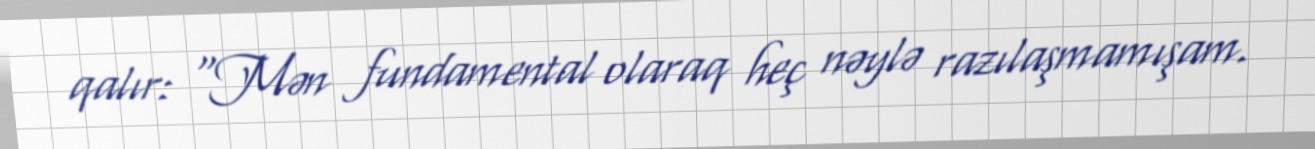
qalır: "Mən fundamental olaraq heç nəylə razılaşmamışam.